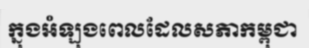
ក្នុងអំឡុងពេលដែលសភាកម្ពុជា